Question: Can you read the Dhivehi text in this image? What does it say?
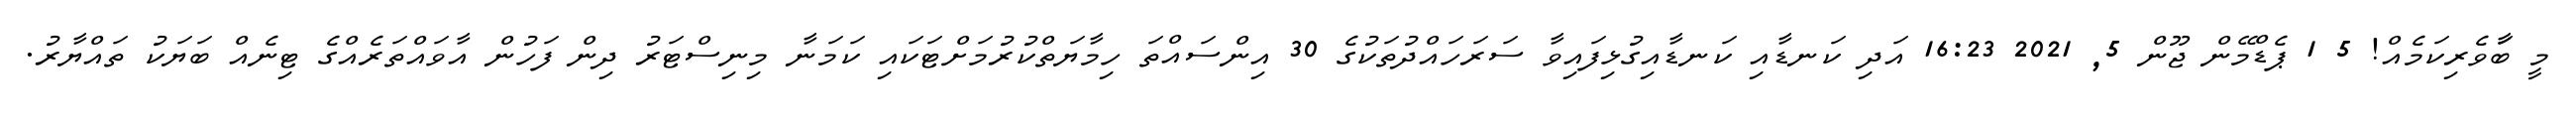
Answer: މީ ބަާވެރިކަމެއް! 5 1 ޕެޑްމޭން ޖޫން 5, 2021 16:23 އަދި ކަނޑާއި ކަނޑާއިގުޅިފައިވާ ސަރަހައްދުތަކުގެ 30 އިންސައްތަ ހިމާޔަތްކުރުމަށްޓަކައި ކަމަނާ މިނިސްޓަރު ދިން ފަހުން އާވައްތަރެއްގެ ޓިނެއް ބަޔަކު ތައްޔާރު.